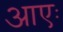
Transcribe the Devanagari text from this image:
आएः